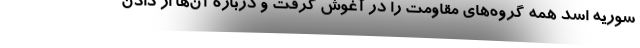
سوریه اسد همه گروه‌های مقاومت را در آغوش گرفت و درباره آن‌ها از دادن